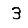
Digit: 3